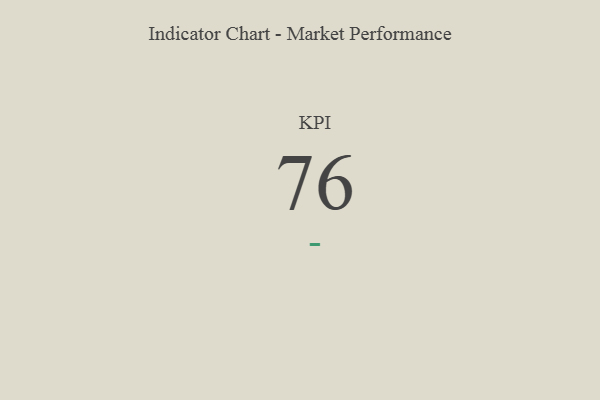
{"axis": {"x": "KPI", "y": "Value"}, "legend": [""], "data": [{"x": "KPI", "y": 76, "type": ""}]}